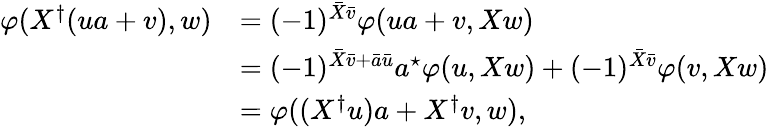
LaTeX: \begin{array}{rl}{\varphi(X^{\dagger}(ua+v),w)}&{=(-1)^{\bar{X}\bar{v}}\varphi(ua+v,Xw)}\\ &{=(-1)^{\bar{X}\bar{v}+\bar{a}\bar{u}}a^{\star}\varphi(u,Xw)+(-1)^{\bar{X}\bar{v}}\varphi(v,Xw)}\\ &{=\varphi((X^{\dagger}u)a+X^{\dagger}v,w),}\end{array}